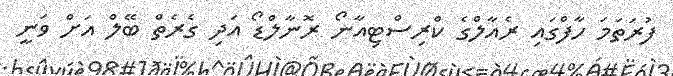
ފުރަތަމަ ހާފްގައި ރެއާލްގެ ކްރިސްޓިއާނޯ ރޮނާލްޑޯ އަދި ގެރެތް ބޭލް އަށް ވަނީ